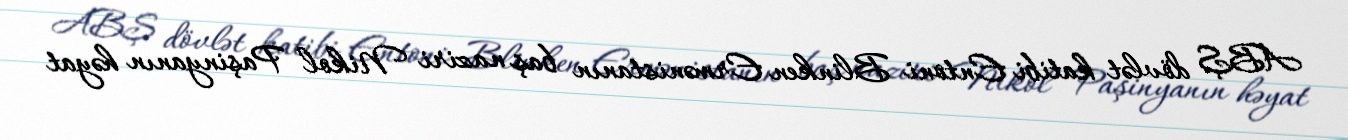
ABŞ dövlət katibi Entoni Blinken Ermənistanın baş naziri Nikol Paşinyanın həyat